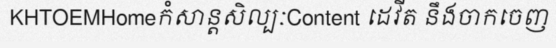
KHTOEMHomeកំសាន្តសិល្បៈContent ដេវីត នឹងចាកចេញ